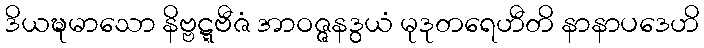
ဒိယဍ္ဎမာသော နိဗ္ဗဋ္ဋဗီဇံ အာဝဇ္ဇနဒွယံ မုဒုတရေဟီတိ နာနာပဒေဟိ